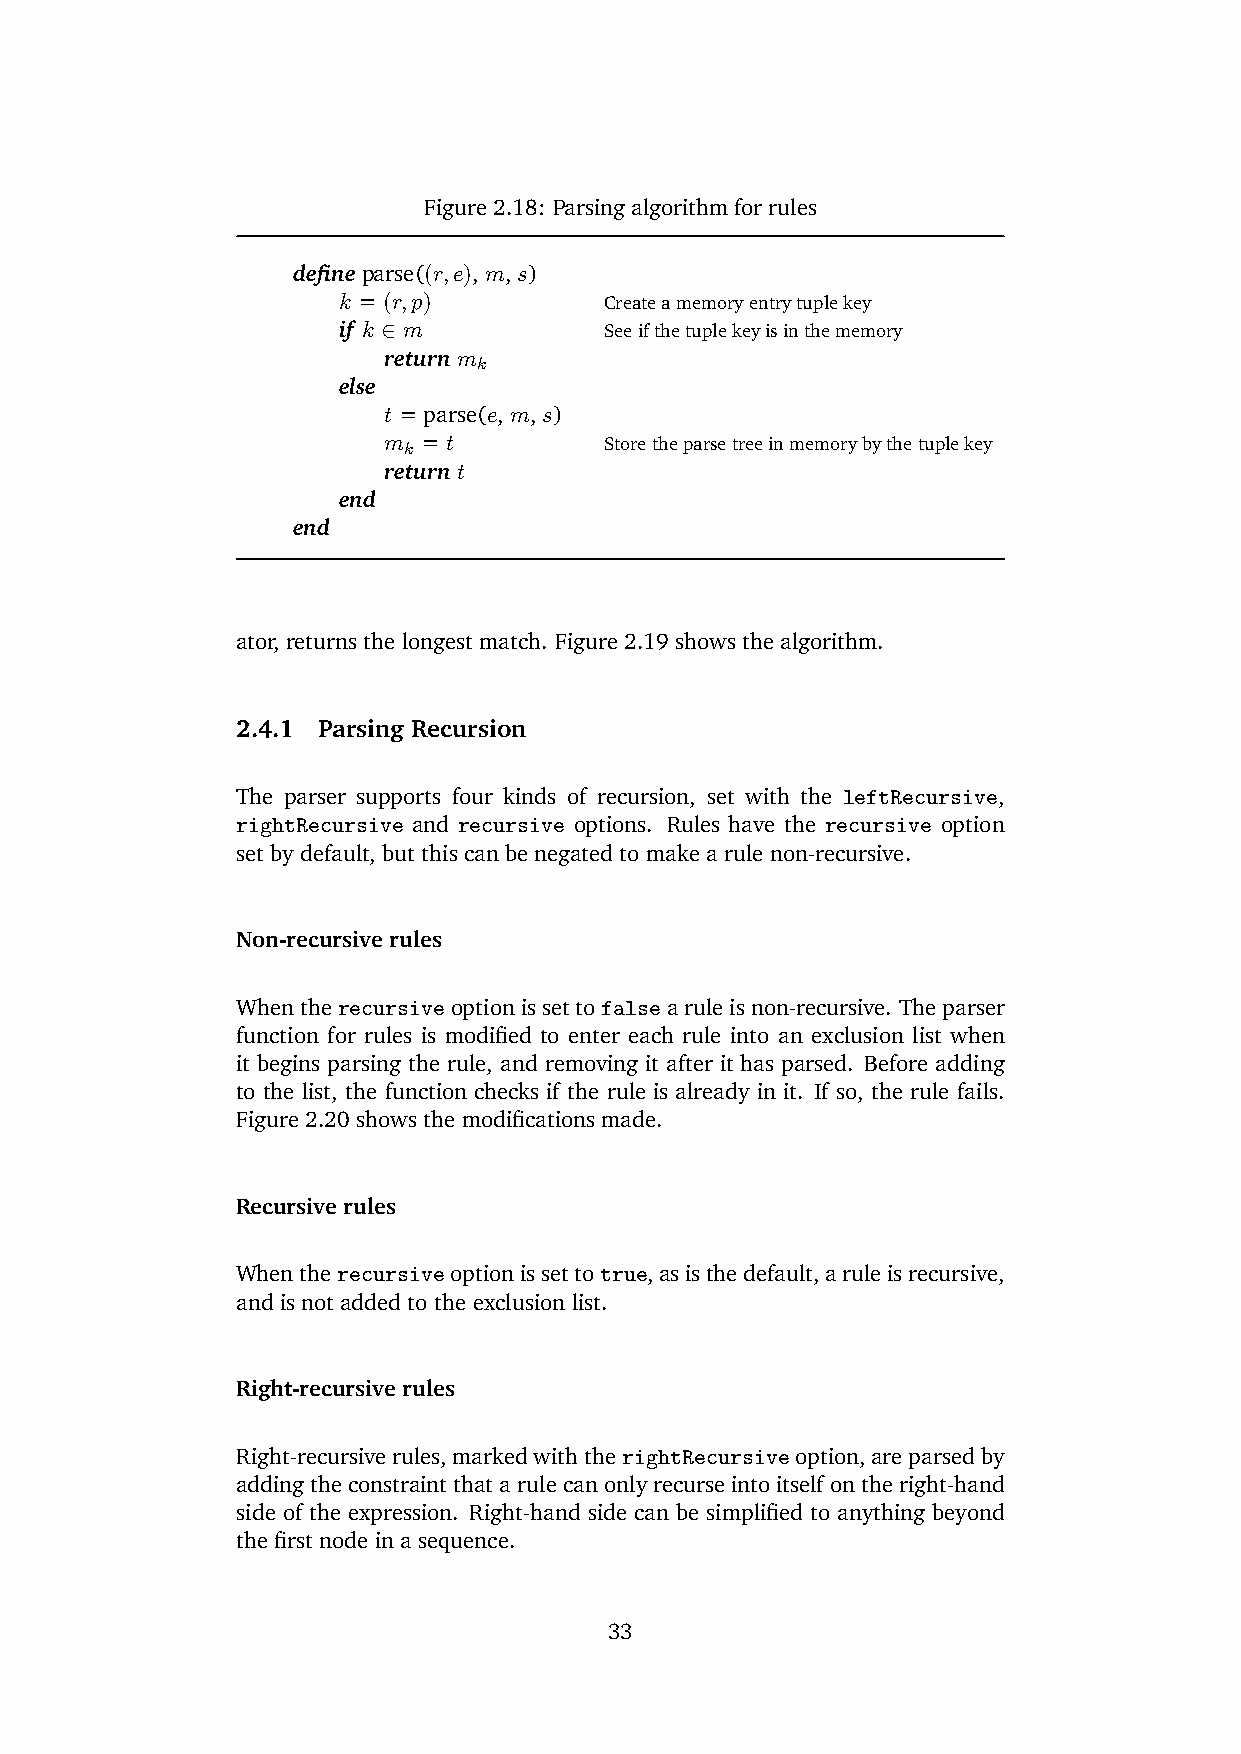
Figure 2.18: Parsing algorithm for rules
 define parse((r,e), m, s)
 k = (r,p)         Createamemoryentrytuplekey
 if k ∈ m          Seeifthetuplekeyisinthememory
 return m
 k
 else
 t = parse(e, m, s)
 m k = t        Storetheparsetreeinmemorybythetuplekey
 return t
 end
 end
 ator, returns the longest match. Figure 2.19 shows the algorithm.
 2.4.1 Parsing Recursion
 The parser supports four kinds of recursion, set with the leftRecursive,
 rightRecursive and recursive options. Rules have the recursive option
 set by default, but this can be negated to make a rule non-recursive.
 Non-recursive rules
 Whentherecursiveoptionissettofalsearuleisnon-recursive. Theparser
 function for rules is modified to enter each rule into an exclusion list when
 it begins parsing the rule, and removing it after it has parsed. Before adding
 to the list, the function checks if the rule is already in it. If so, the rule fails.
 Figure 2.20 shows the modifications made.
 Recursive rules
 Whentherecursiveoptionissettotrue,asisthedefault,aruleisrecursive,
 and is not added to the exclusion list.
 Right-recursive rules
 Right-recursiverules,markedwiththerightRecursiveoption,areparsedby
 addingtheconstraintthatarulecanonlyrecurseintoitselfontheright-hand
 side of the expression. Right-hand side can be simplified to anything beyond
 the first node in a sequence.
 33